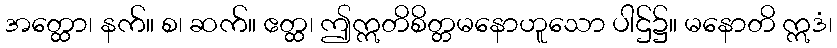
အတ္ထော၊ နက်။ စ၊ ဆက်။ ဧတ္ထ၊ ဤဣတိစိတ္တမနောဟူသော ပါဌ်၌။ မနောတိ ဣဒံ၊